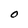
Character: O